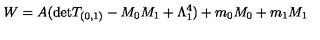
W = A ( \mathrm { d e t } T _ { ( 0 , 1 ) } - M _ { 0 } M _ { 1 } + \Lambda _ { 1 } ^ { 4 } ) + m _ { 0 } M _ { 0 } + m _ { 1 } M _ { 1 }